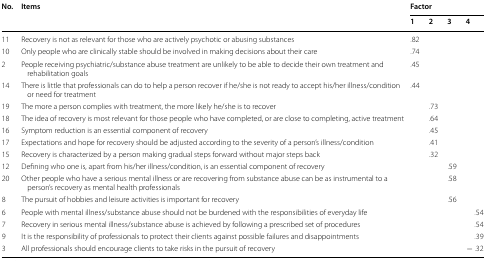
<table><thead><tr><td rowspan="2"><b>No.</b></td><td rowspan="2"><b>Items</b></td><td colspan="4"><b>Factor</b></td></tr><tr><td><b>1</b></td><td><b>2</b></td><td><b>3</b></td><td><b>4</b></td></tr></thead><tbody><tr><td>11</td><td>Recovery is not as relevant for those who are actively psychotic or abusing substances</td><td>.82</td><td></td><td></td><td></td></tr><tr><td>10</td><td>Only people who are clinically stable should be involved in making decisions about their care</td><td>.74</td><td></td><td></td><td></td></tr><tr><td>2</td><td>People receiving psychiatric/substance abuse treatment are unlikely to be able to decide their own treatment and rehabilitation goals</td><td>.45</td><td></td><td></td><td></td></tr><tr><td>14</td><td>There is little that professionals can do to help a person recover if he/she is not ready to accept his/her illness/condition or need for treatment</td><td>.44</td><td></td><td></td><td></td></tr><tr><td>19</td><td>The more a person complies with treatment, the more likely he/she is to recover</td><td></td><td>.73</td><td></td><td></td></tr><tr><td>18</td><td>The idea of recovery is most relevant for those people who have completed, or are close to completing, active treatment</td><td></td><td>.64</td><td></td><td></td></tr><tr><td>16</td><td>Symptom reduction is an essential component of recovery</td><td></td><td>.45</td><td></td><td></td></tr><tr><td>17</td><td>Expectations and hope for recovery should be adjusted according to the severity of a person’s illness/condition</td><td></td><td>.41</td><td></td><td></td></tr><tr><td>15</td><td>Recovery is characterized by a person making gradual steps forward without major steps back</td><td></td><td>.32</td><td></td><td></td></tr><tr><td>12</td><td>Defining who one is, apart from his/her illness/condition, is an essential component of recovery</td><td></td><td></td><td>.59</td><td></td></tr><tr><td>20</td><td>Other people who have a serious mental illness or are recovering from substance abuse can be as instrumental to a person’s recovery as mental health professionals</td><td></td><td></td><td>.58</td><td></td></tr><tr><td>8</td><td>The pursuit of hobbies and leisure activities is important for recovery</td><td></td><td></td><td>.56</td><td></td></tr><tr><td>6</td><td>People with mental illness/substance abuse should not be burdened with the responsibilities of everyday life</td><td></td><td></td><td></td><td>.54</td></tr><tr><td>7</td><td>Recovery in serious mental illness/substance abuse is achieved by following a prescribed set of procedures</td><td></td><td></td><td></td><td>.54</td></tr><tr><td>9</td><td>It is the responsibility of professionals to protect their clients against possible failures and disappointments</td><td></td><td></td><td></td><td>.39</td></tr><tr><td>3</td><td>All professionals should encourage clients to take risks in the pursuit of recovery</td><td></td><td></td><td></td><td>− .32</td></tr></tbody></table>